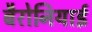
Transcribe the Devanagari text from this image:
बैरोनियाई